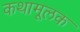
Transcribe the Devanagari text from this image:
कथामूलक